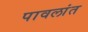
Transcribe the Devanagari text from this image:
पावलांत